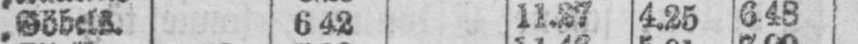
„ Göbels. 6.42 11.27 4.25 6.48